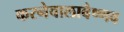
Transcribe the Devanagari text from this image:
करनेवालावैष्णव